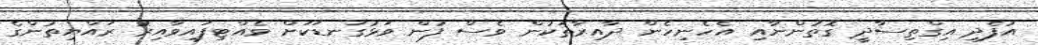
އުފެދި އިގްތިސާދީ ގޮތުންނާއި އެހެނިހެން ދާއިރާތަކުން ވެސް ފުން ވަޅުގަނޑަކަށް ވެއްޓިފައިވާއިރު ރައްޔިތުންގެ